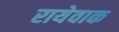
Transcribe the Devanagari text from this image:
रायेवाक